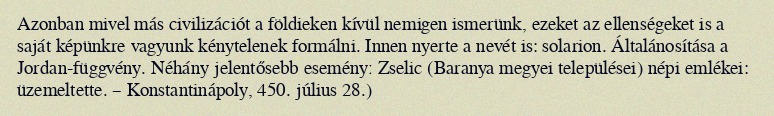
Azonban mivel más civilizációt a földieken kívül nemigen ismerünk, ezeket az ellenségeket is a saját képünkre vagyunk kénytelenek formálni. Innen nyerte a nevét is: solarion. Általánosítása a Jordan-függvény. Néhány jelentősebb eseményː Zselic (Baranya megyei települései) népi emlékei: üzemeltette. – Konstantinápoly, 450. július 28.)